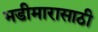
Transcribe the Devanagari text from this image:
भडीमारासाठी